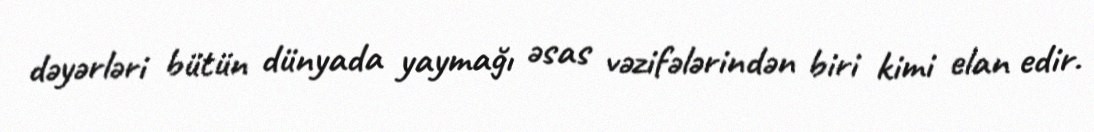
dəyərləri bütün dünyada yaymağı əsas vəzifələrindən biri kimi elan edir.